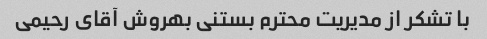
با تشکر از مدیریت محترم بستنی بهروش آقای رحیمی